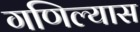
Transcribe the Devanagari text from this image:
गणिल्यास